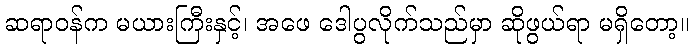
ဆရာဝန်က မယားကြီးနှင့်၊ အဖေ ဒေါပွလိုက်သည်မှာ ဆိုဖွယ်ရာ မရှိတော့။